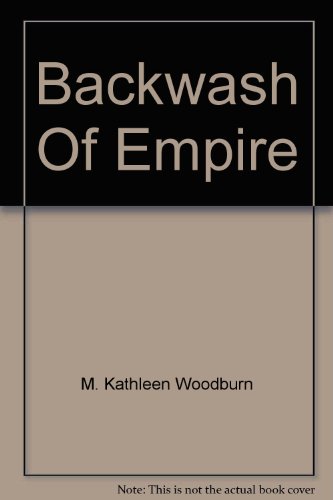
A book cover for Backwash of empire,; M. Kathleen Woodburn; Travel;